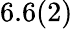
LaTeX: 6.6(2)